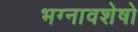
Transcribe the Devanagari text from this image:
भग्नावशेषो